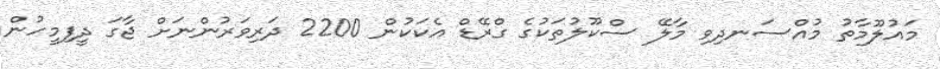
މައުލޫމާތު މުއްސަނދިވި މާލޭ ސްކޫލުތަކުގެ ގްރޭޑް އެކަކުން 2200 ދަރިވަރުންނަށް ޖާގަ ދީފިމީހުން